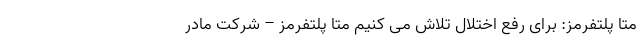
مِتا پلتفرمز: برای رفع اختلال تلاش می کنیم مِتا پلتفرمز – شرکت مادر